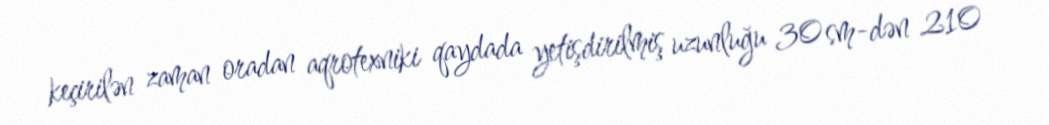
keçirilən zaman oradan aqrotexniki qaydada yetişdirilmiş uzunluğu 30 sm-dən 210